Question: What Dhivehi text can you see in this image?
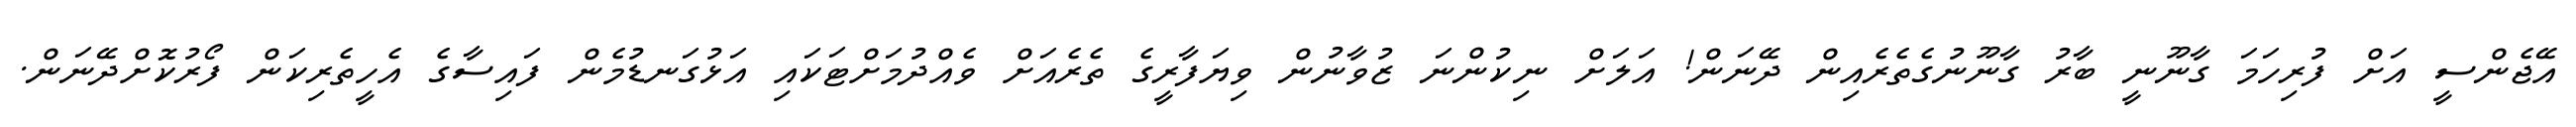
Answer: އޭޖެންސީ އަށް ފުރިހަމަ ގާނޫނީ ބާރު ގާނޫނުގެތެރެއިން ދޭނަން! އަލަށް ނިކުންނަ ޒުވާނުން ވިޔަފާރީގެ ތެރެއަށް ވެއްދުމަށްޓަކައި އަޅުގަނޑުމެން ފައިސާގެ އެހީތެރިކަން ފޯރުކޮށްދޭނަން.